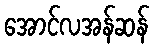
အောင်လအန်ဆန်